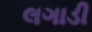
લગાડી